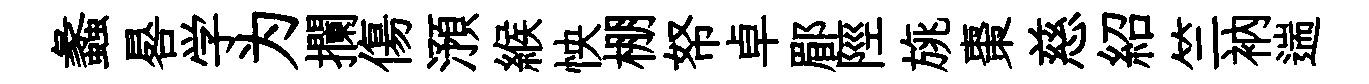
蠡晷学为攔傷澦緱怏棚帑卓郿陘旐棗慈紹竺衲遄